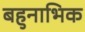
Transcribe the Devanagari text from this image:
बहुनाभिक